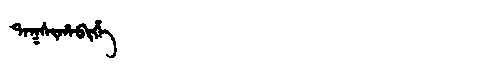
Manchu: ᡨᠠᡴᠰᡳᡥᠠᠪᡳᡥᡝ
Romanization: TAKSIHABIHE